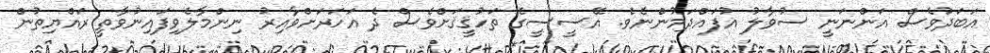
އަބަދުވެސް އަންނަނީ ސުވާލު އުފައްދަމުންނެވެ. އޭސީސީގެ ތަހުޤީޤަށްވެސް ދެ އަހަރަށްވާއިރު ނިންމާލެވިފައިނުވާތީ ރައްޔިތުން